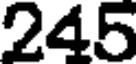
245